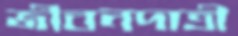
জীবনদাত্রী